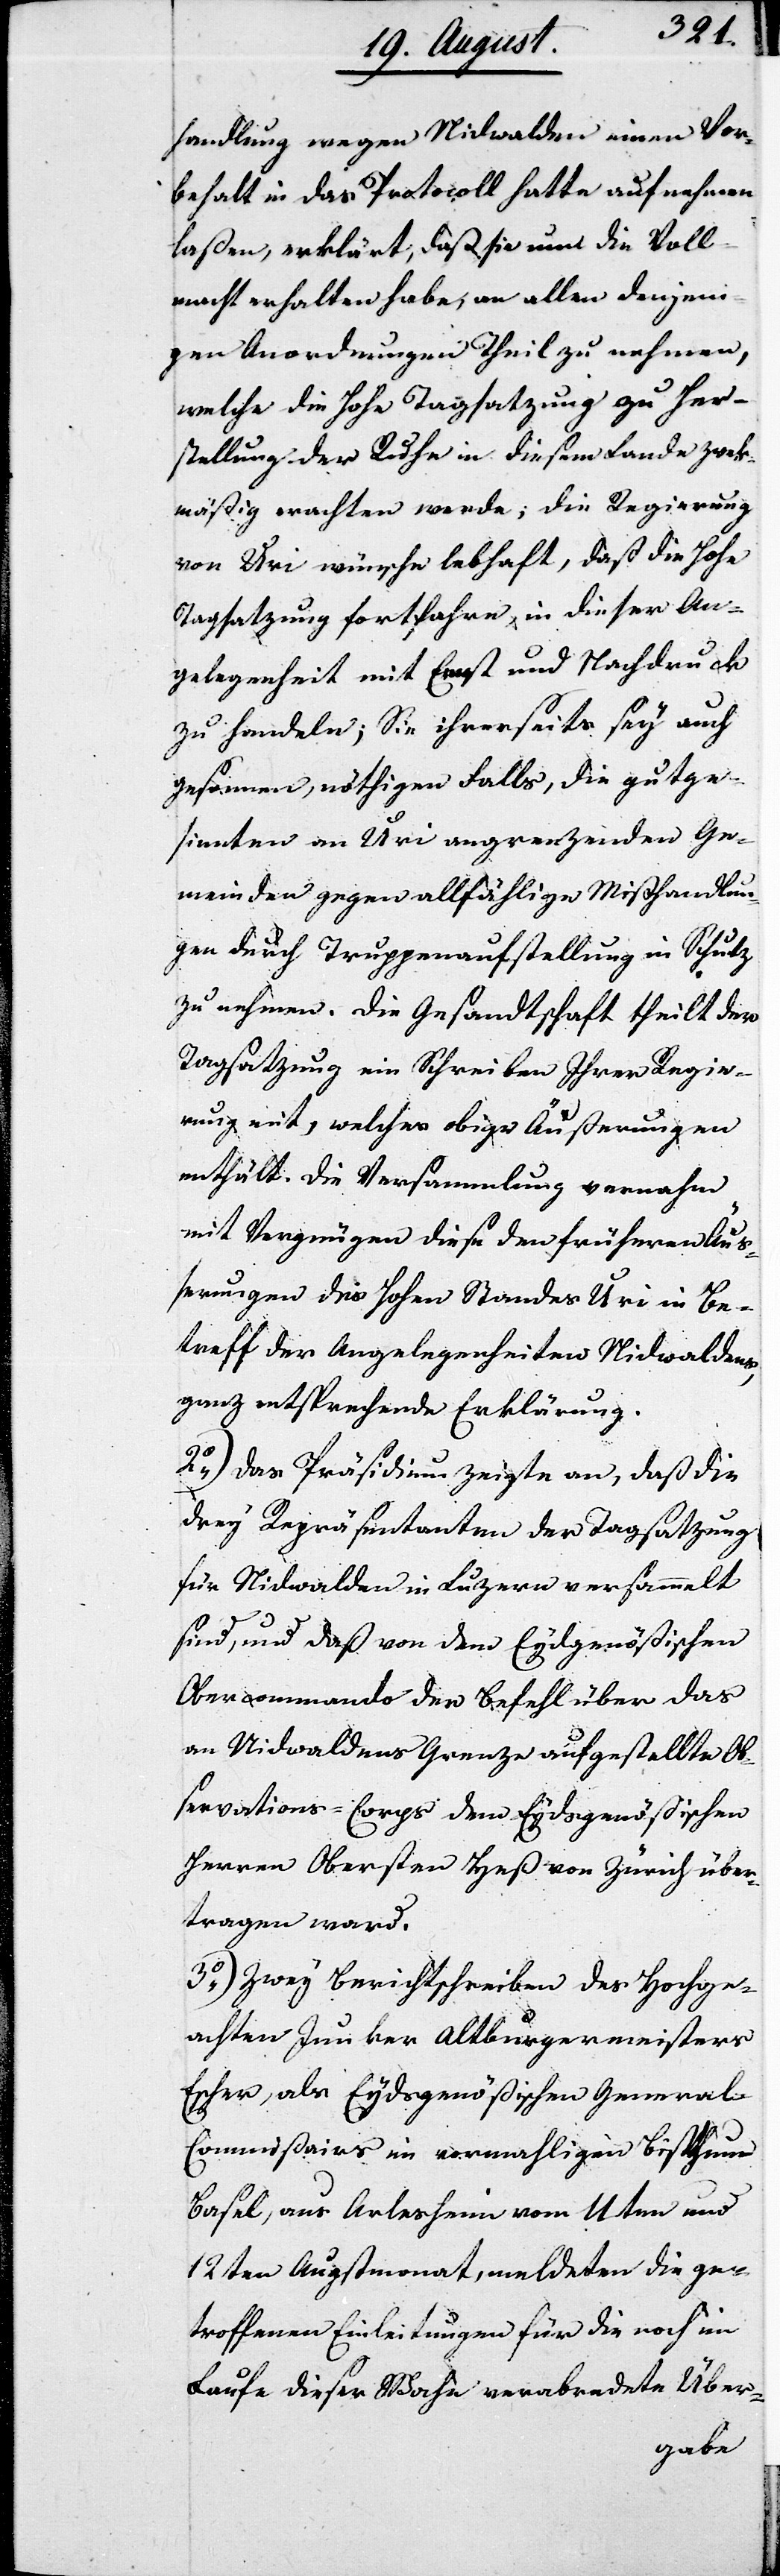
handlung wegen Nidwalden einen Vor¬
behalt in das Protocoll hatte aufnehmen
laßen, erklärt, daß sie nun die Voll¬
macht erhalten habe, an allen denjeni¬
gen Anordnungen Theil zu nehmen,
welche die Hohe Tagsatzung zu Her¬
stellung der Ruhe in diesem Lande zweck¬
mäßig erachten werde; die Regierung
von Uri wünsche lebhaft, daß die Hohe
Tagsatzung fortfahre, in dieser An¬
gelegenheit mit Ernst und Nachdruck
zu handeln; Sie ihrerseits sey auch
gesonnen, nöthigen Falls, die gutge¬
sinnten an Uri angrenzenden Ge¬
meinden gegen allfällige Mißhandlun¬
gen durch Truppenaufstellung in Schutz
zu nehmen. Die Gesandtschaft theilt der
Tagsatzung ein Schreiben Ihrer Regie¬
rung mit, welches obige Äußerungen
enthält. Die Versammlung vernahm
mit Vergnügen diese den früheren Äuß¬
erungen des Hohen Standes Uri in Be¬
treff der Angelegenheiten Nidwaldens,
ganz entsprechende Erklärung.
2.) Das Präsidium zeigt an, daß die
drey Repräsentanten der Tagsatzung
für Nidwalden in Luzern versammelt
sind, und daß von dem Eydgenößischen
Obercommando der Befehl über das
an Nidwaldens Grenze aufgestellt Ob¬
servations-Corps dem Eydgenößischen
Herren Obersten Heß von Zürich über¬
tragen ward.
3.) Zwey Berichtschreiben des Hochge¬
achten Junker Altburgermeister
Escher, als Eydsgenößischen General-C¬
ommißairs im vormahligen Bisthum
Basel, aus Arlesheim vom 11ten und
12ten Augstmonat, meldeten die ge¬
troffenen Einleitungen für die noch im
Laufe dieser Woche verabredete Über-